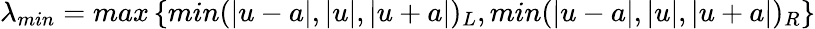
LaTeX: \lambda_{min}=max\left\{ min(|u-a|,|u|,|u+a|)_{L},min(|u-a|,|u|,|u+a|)_{R}\right\}